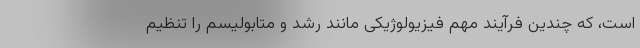
است، که چندین فرآیند مهم فیزیولوژیکی مانند رشد و متابولیسم را تنظیم